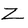
Character: Z